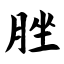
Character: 脞